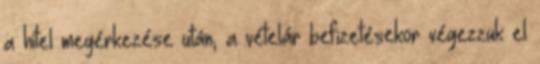
a hitel megérkezése után, a vételár befizetésekor végezzük el